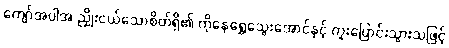
ကျော်အပါအ ညှိုးငယ်သောစိတ်ရှိ၏ ကိုနေရွှေသွေးအောင်နှင့် ကူးပြောင်းသွားသဖြင့်